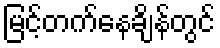
မြင့်တက်နေချိန်တွင်